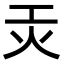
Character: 𭴃